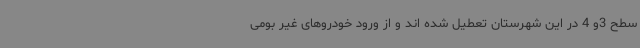
سطح 3و 4 در این شهرستان تعطیل شده اند و از ورود خودروهای غیر بومی